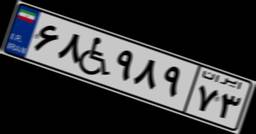
۶۸W۹۸۹۷۳